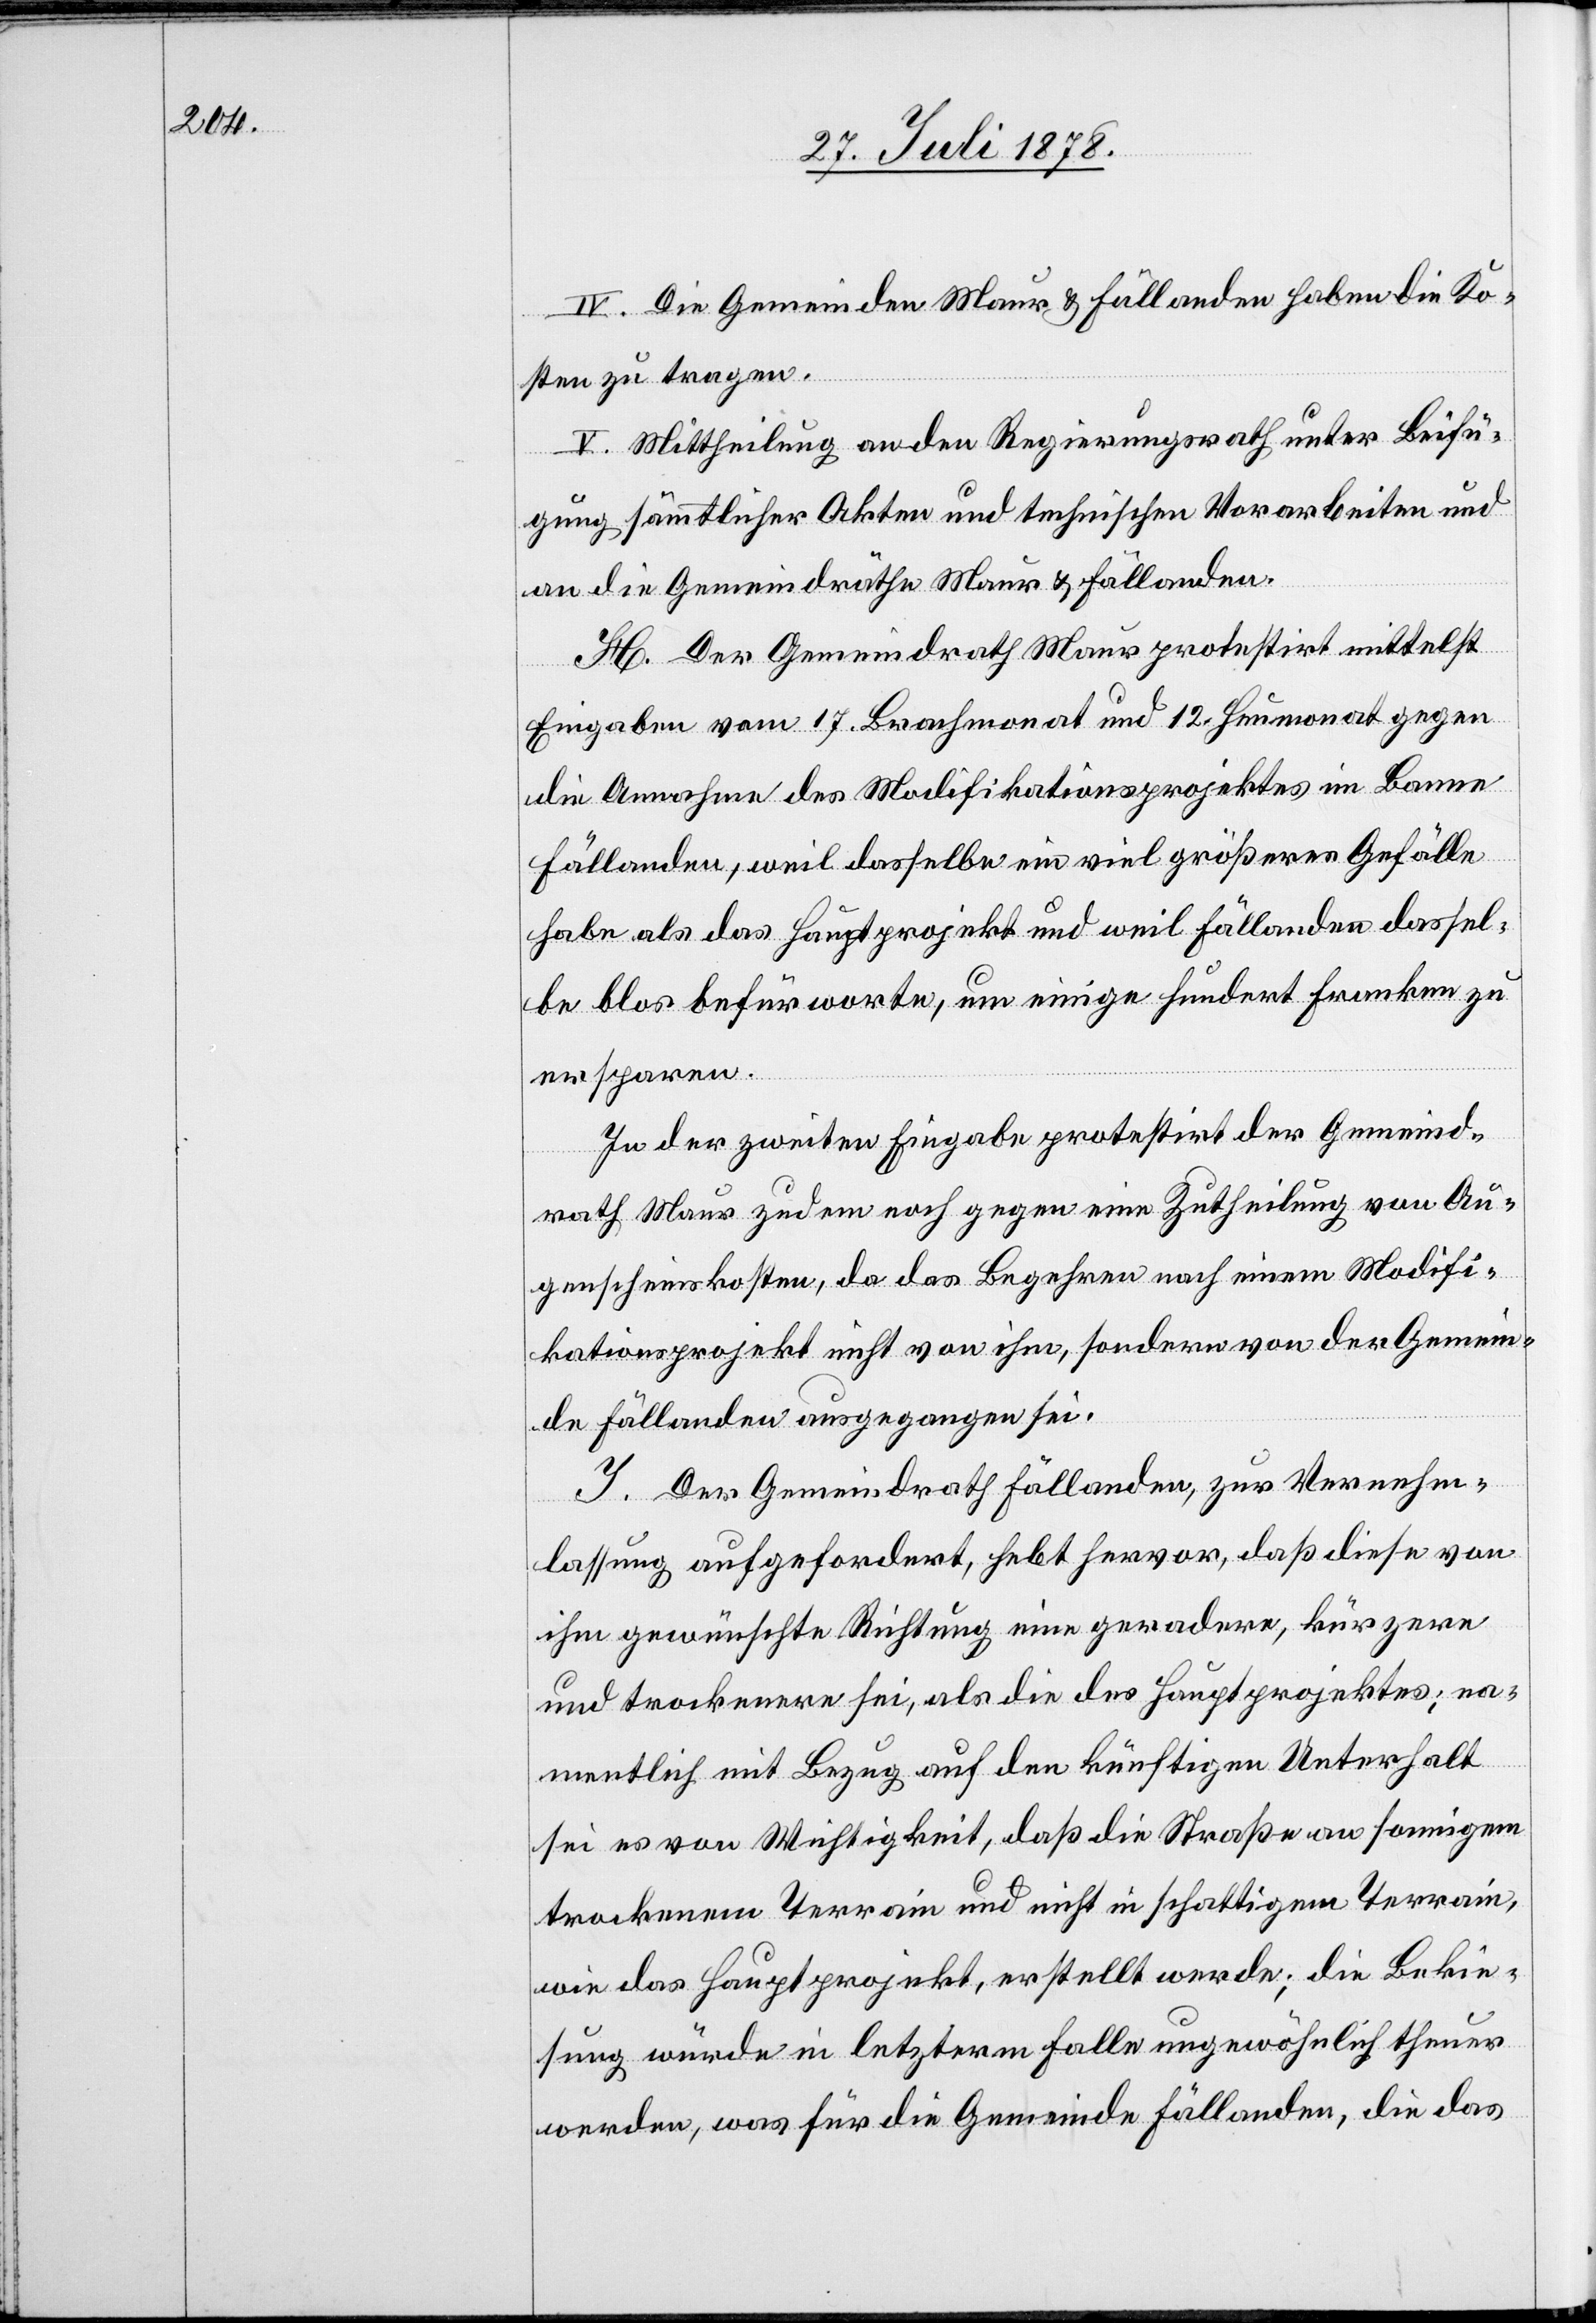
IV. Die Gemeinden Maur & Fällanden haben die Ko¬
sten zu tragen.
V. Mittheilung an den Regierungsrath unter Beifü¬
gung sämmtlicher Akten und technischen Vorarbeiten und
an die Gemeindräthe Maur & Fällanden.
H. Der Gemeindrath Maur protestirt mittelst
Eingaben vom 17. Brachmonat und 12. Heumonat gegen
die Annahme des Modifikationsprojektes im Banne
Fällanden, weil dasselbe ein viel größeres Gefälle
habe als das Hauptprojekt und weil Fällanden dassel¬
be blos befürworte, um einige hundert Franken zu
ersparen.
In der zweiten Eingabe protestirt der Gemeind¬
rath Maur zudem noch gegen eine Zutheilung von Au¬
genscheinskosten, da das Begehren nach einem Modifi¬
kationsprojekt nicht von ihm, sondern von der Gemein¬
de Fällanden ausgegangen sei.
J. Der Gemeindrath Fällanden, zur Vernehm¬
lassung aufgefordert, hebt hervor, daß diese von
ihm gewünschte Richtung eine geradere, kürzere
und trockenere sei, als die des Hauptprojektes; na¬
mentlich mit Bezug auf den künftigen Unterhalt
sei es von Wichtigkeit, daß die Straße an sonnigem
trockenen Terrain und nicht in schattigem Terrain,
wie das Hauptprojekt, erstellt werde; die Bekie¬
sung würde in letzterm Falle ungewöhnlich theuer
werden, was für die Gemeinde Fällanden, die das